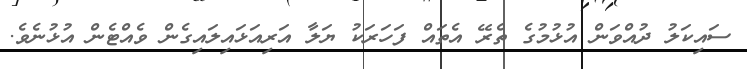
ސައިކަލު ދުއްވަން އުޅުމުގެ ތެރޭ އެތައް ފަހަރަކު ޔަލާ އަރިއަޅައިލައިގެން ވެއްޓެން އުޅުނެވެ.